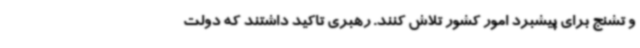
و تشنج برای پیشبرد امور کشور تلاش کنند. رهبری تاکید داشتند که دولت